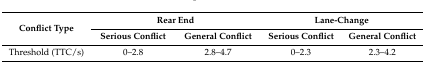
<table><thead><tr><td rowspan="2"><b>Conflict Type</b></td><td colspan="2"><b>Rear End</b></td><td colspan="2"><b>Lane-Change</b></td></tr><tr><td><b>Serious Conflict</b></td><td><b>General Conflict</b></td><td><b>Serious Conflict</b></td><td><b>General Conflict</b></td></tr></thead><tbody><tr><td>Threshold (TTC/s)</td><td>0–2.8</td><td>2.8–4.7</td><td>0–2.3</td><td>2.3–4.2</td></tr></tbody></table>